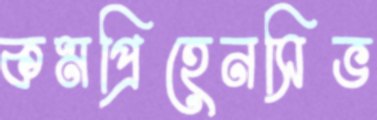
কমপ্রিহেনসিভ